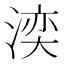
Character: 湙